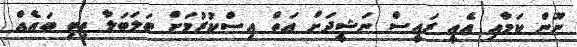
ނޫން ކަމާއި އެއީ ރައީސް ނަޝީދަށް އަތް އިސްކުރުމަށް ބަލަބަލާ ތިބި ބައެއް